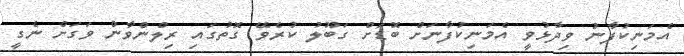
އެމަނިކުފާނު ވިދާޅުވީ އެމަނިކުފާނަށް ބޮޑަށް ގަބޫލު ކުރެވޭ ގޮތުގައި ރިލްންވާން ވަގަށް ނެގީ